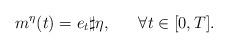
LaTeX: \begin{align*}m^\eta(t)=e_t\sharp \eta, \ \ \ \ \ \forall t \in [0,T].\end{align*}